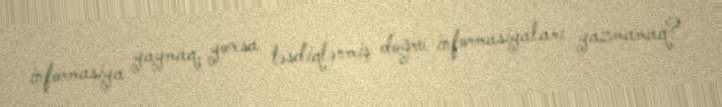
informasiya yaymaq, yoxsa təsdiqlənmiş doğru informasiyaları yazmamaq?.